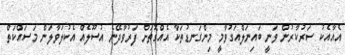
އެއާއެކު ސަރުކާރުން ވަނީ ބައިނަލްއަގުވާމީ މިންގަނޑުތަކާ އެއްގޮތަށް ފަރުވާދޭނެ އުސޫލެއް އެކުލަވާލަން މަސައްކަތް